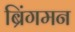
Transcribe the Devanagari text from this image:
ब्रिंगमन